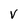
Character: V